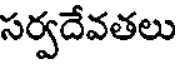
సర్వదేవతలు